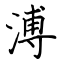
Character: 溥